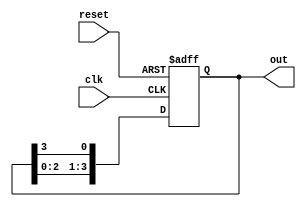
module ring_counter #(
    parameter N = 4  // Number of flip-flops (states)
)(
    input wire clk,    // Clock signal
    input wire reset,  // Asynchronous reset signal
    output reg [N-1:0] out // Output representing the current state
);

// Initial state of the counter
initial begin
    out = 1'b1; // Set the first flip-flop to '1' and others to '0'
end

// Always block for the ring counter
always @(posedge clk or posedge reset) begin
    if (reset) begin
        out <= 1'b1; // Reset to initial state
    end else begin
        out <= {out[N-2:0], out[N-1]}; // Shift left and wrap around
    end
end

endmodule